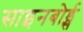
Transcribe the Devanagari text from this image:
साइनबोर्ड्स